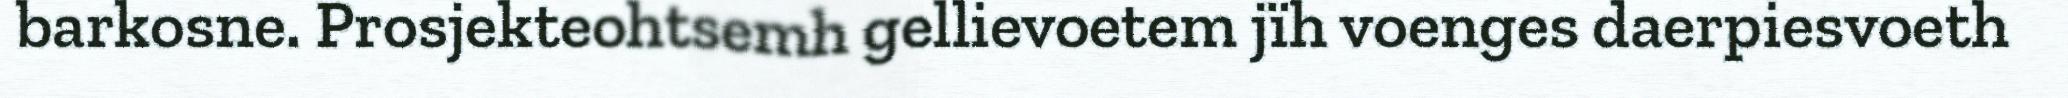
barkosne. Prosjekteohtsemh gellievoetem jïh voenges daerpiesvoeth